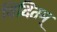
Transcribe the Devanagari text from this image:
विदितम्